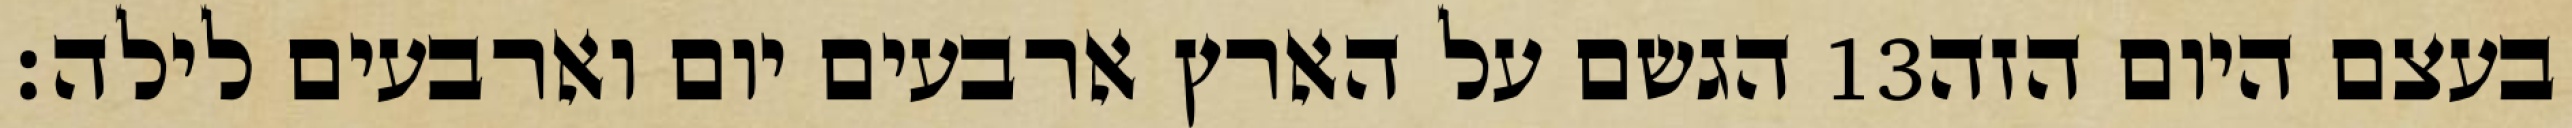
הגשם על הארץ ארבעים יום וארבעים לילה׃ ‎13‏ בעצם היום הזה